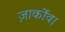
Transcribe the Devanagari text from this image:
ज़ार्कोव।